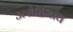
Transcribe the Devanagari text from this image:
उत्साहभाव